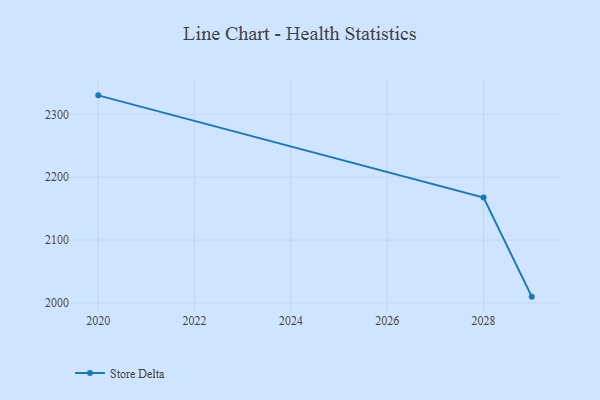
{"axis": {"x": "Year", "y": "Inventory Turnover"}, "legend": ["Store Delta"], "data": [{"x": "2029", "y": 2010.0, "type": "Store Delta"}, {"x": "2028", "y": 2167.6, "type": "Store Delta"}, {"x": "2020", "y": 2330.3, "type": "Store Delta"}]}